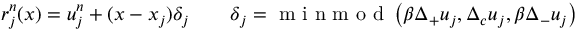
r _ { j } ^ { n } ( x ) = u _ { j } ^ { n } + ( x - x _ { j } ) \delta _ { j } \qquad \delta _ { j } = \mathrm { ~ m ~ i ~ n ~ m ~ o ~ d ~ } \left( \beta \Delta _ { + } u _ { j } , \Delta _ { c } u _ { j } , \beta \Delta _ { - } u _ { j } \right)